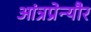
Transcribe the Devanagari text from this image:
आंत्रप्रेन्यौर